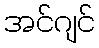
အင်ဂျင်